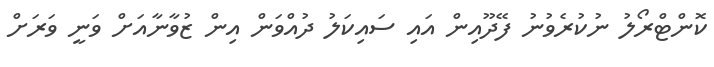
ކޮންޓްރޯލު ނުކުރެވުނު ފޭދޫއިން އައި ސައިކަލު ދުއްވަން އިން ޒުވާނާއަށް ވަނީ ވަރަށް